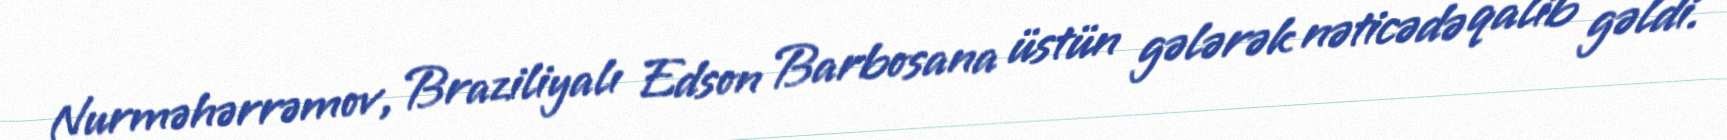
Nurməhərrəmov, Braziliyalı Edson Barbosana üstün gələrək nəticədə qalib gəldi.